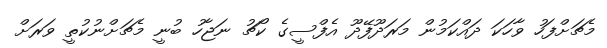
މެޗަށްފަހު ވާހަކަ ދައްކަމުން މަރަދޫފޭދޫ އެފްސީގެ ކޯޗު ނަޖާހު ބުނީ މެޗަށްނުކުތީ ވަރަށް